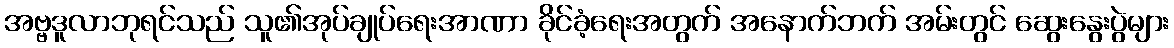
အဗ္ဗဒူလာဘုရင်သည် သူ၏အုပ်ချုပ်ရေးအာဏာ ခိုင်ခံ့ရေးအတွက် အနောက်ဘက် အမ်းတွင် ဆွေးနွေးပွဲများ